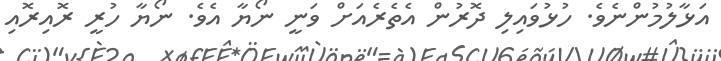
އަޅާލުމުންނެވެ. ހުޅުވައިލި ދޮރުން އެތެރެއަށް ވަނީ ނޯޔާ އެވެ. ނޯޔާ ހުރީ ރޮއިރޮއި